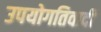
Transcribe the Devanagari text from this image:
उपयोगतिवादी